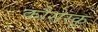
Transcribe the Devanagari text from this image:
कौसेस्कू